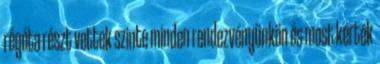
régóta részt vettek szinte minden rendezvényünkön és most kérték